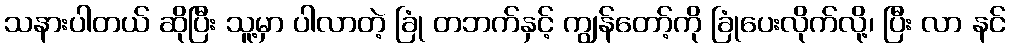
သနားပါတယ် ဆိုပြီး သူ့မှာ ပါလာတဲ့ ခြုံ တဘက်နှင့် ကျွန်တော့်ကို ခြုံပေးလိုက်လို့၊ ပြီး လာ နင်